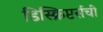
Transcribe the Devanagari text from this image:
डिस्क्रिप्टर्सची